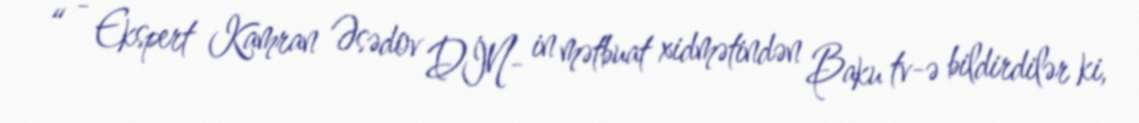
“ - Ekspert Kamran Əsədov DİN- in mətbuat xidmətindən Baku tv-ə bildirdilər ki,